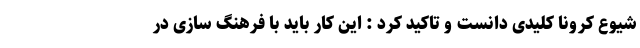
شیوع کرونا کلیدی دانست و تاکید کرد : این کار باید با فرهنگ سازی در